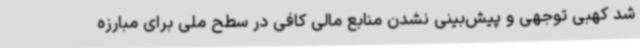
شد کهبی توجهی و پیش‌بینی نشدن منابع مالی کافی در سطح ملی برای مبارزه